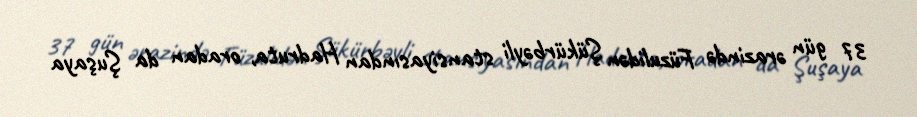
37 gün ərazində Füzulidən Şükürbəyli stansiyasından Hadruta, oradan da Şuşaya